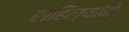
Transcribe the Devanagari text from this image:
राहिल्यांने